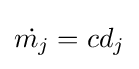
{\dot {m_{j}}}=cd_{j}